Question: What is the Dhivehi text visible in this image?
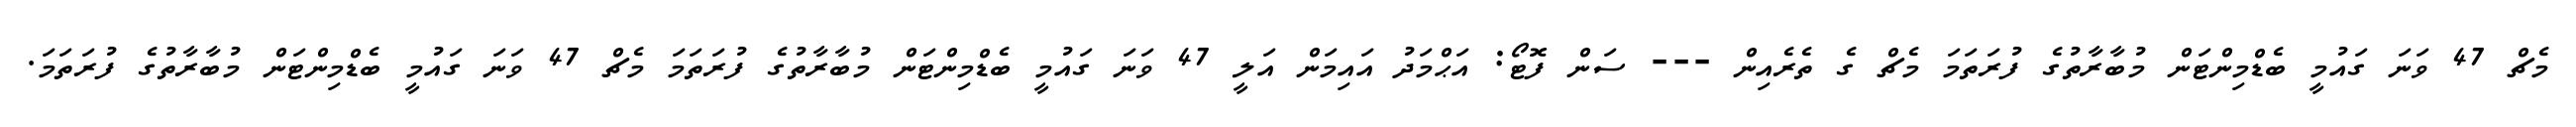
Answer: މެޗް 47 ވަނަ ގައުމީ ބެޑްމިންޓަން މުބާރާތުގެ ފުރަތަމަ މެޗް ގެ ތެރެއިން --- ސަން ފޮޓޯ: އަޙްމަދު އައިމަން އަލީ 47 ވަނަ ގައުމީ ބެޑްމިންޓަން މުބާރާތުގެ ފުރަތަމަ މެޗް 47 ވަނަ ގައުމީ ބެޑްމިންޓަން މުބާރާތުގެ ފުރަތަމަ.